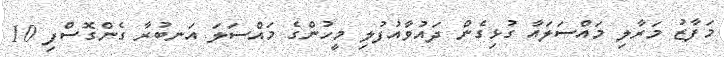
މަފާޒު މަރާލި މައްސަލައާ ގުޅިގެން ދައުވާއުފުލި މީހުންގެ މައްސަލަ އަނބުރާ ގެންގޮސްފި 10